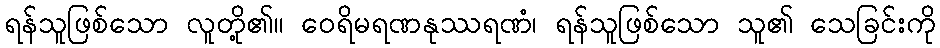
ရန်သူဖြစ်သော လူတို့၏။ ဝေရိမရဏနုဿရဏံ၊ ရန်သူဖြစ်သော သူ၏ သေခြင်းကို